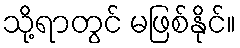
သို့ရာတွင် မဖြစ်နိုင်။